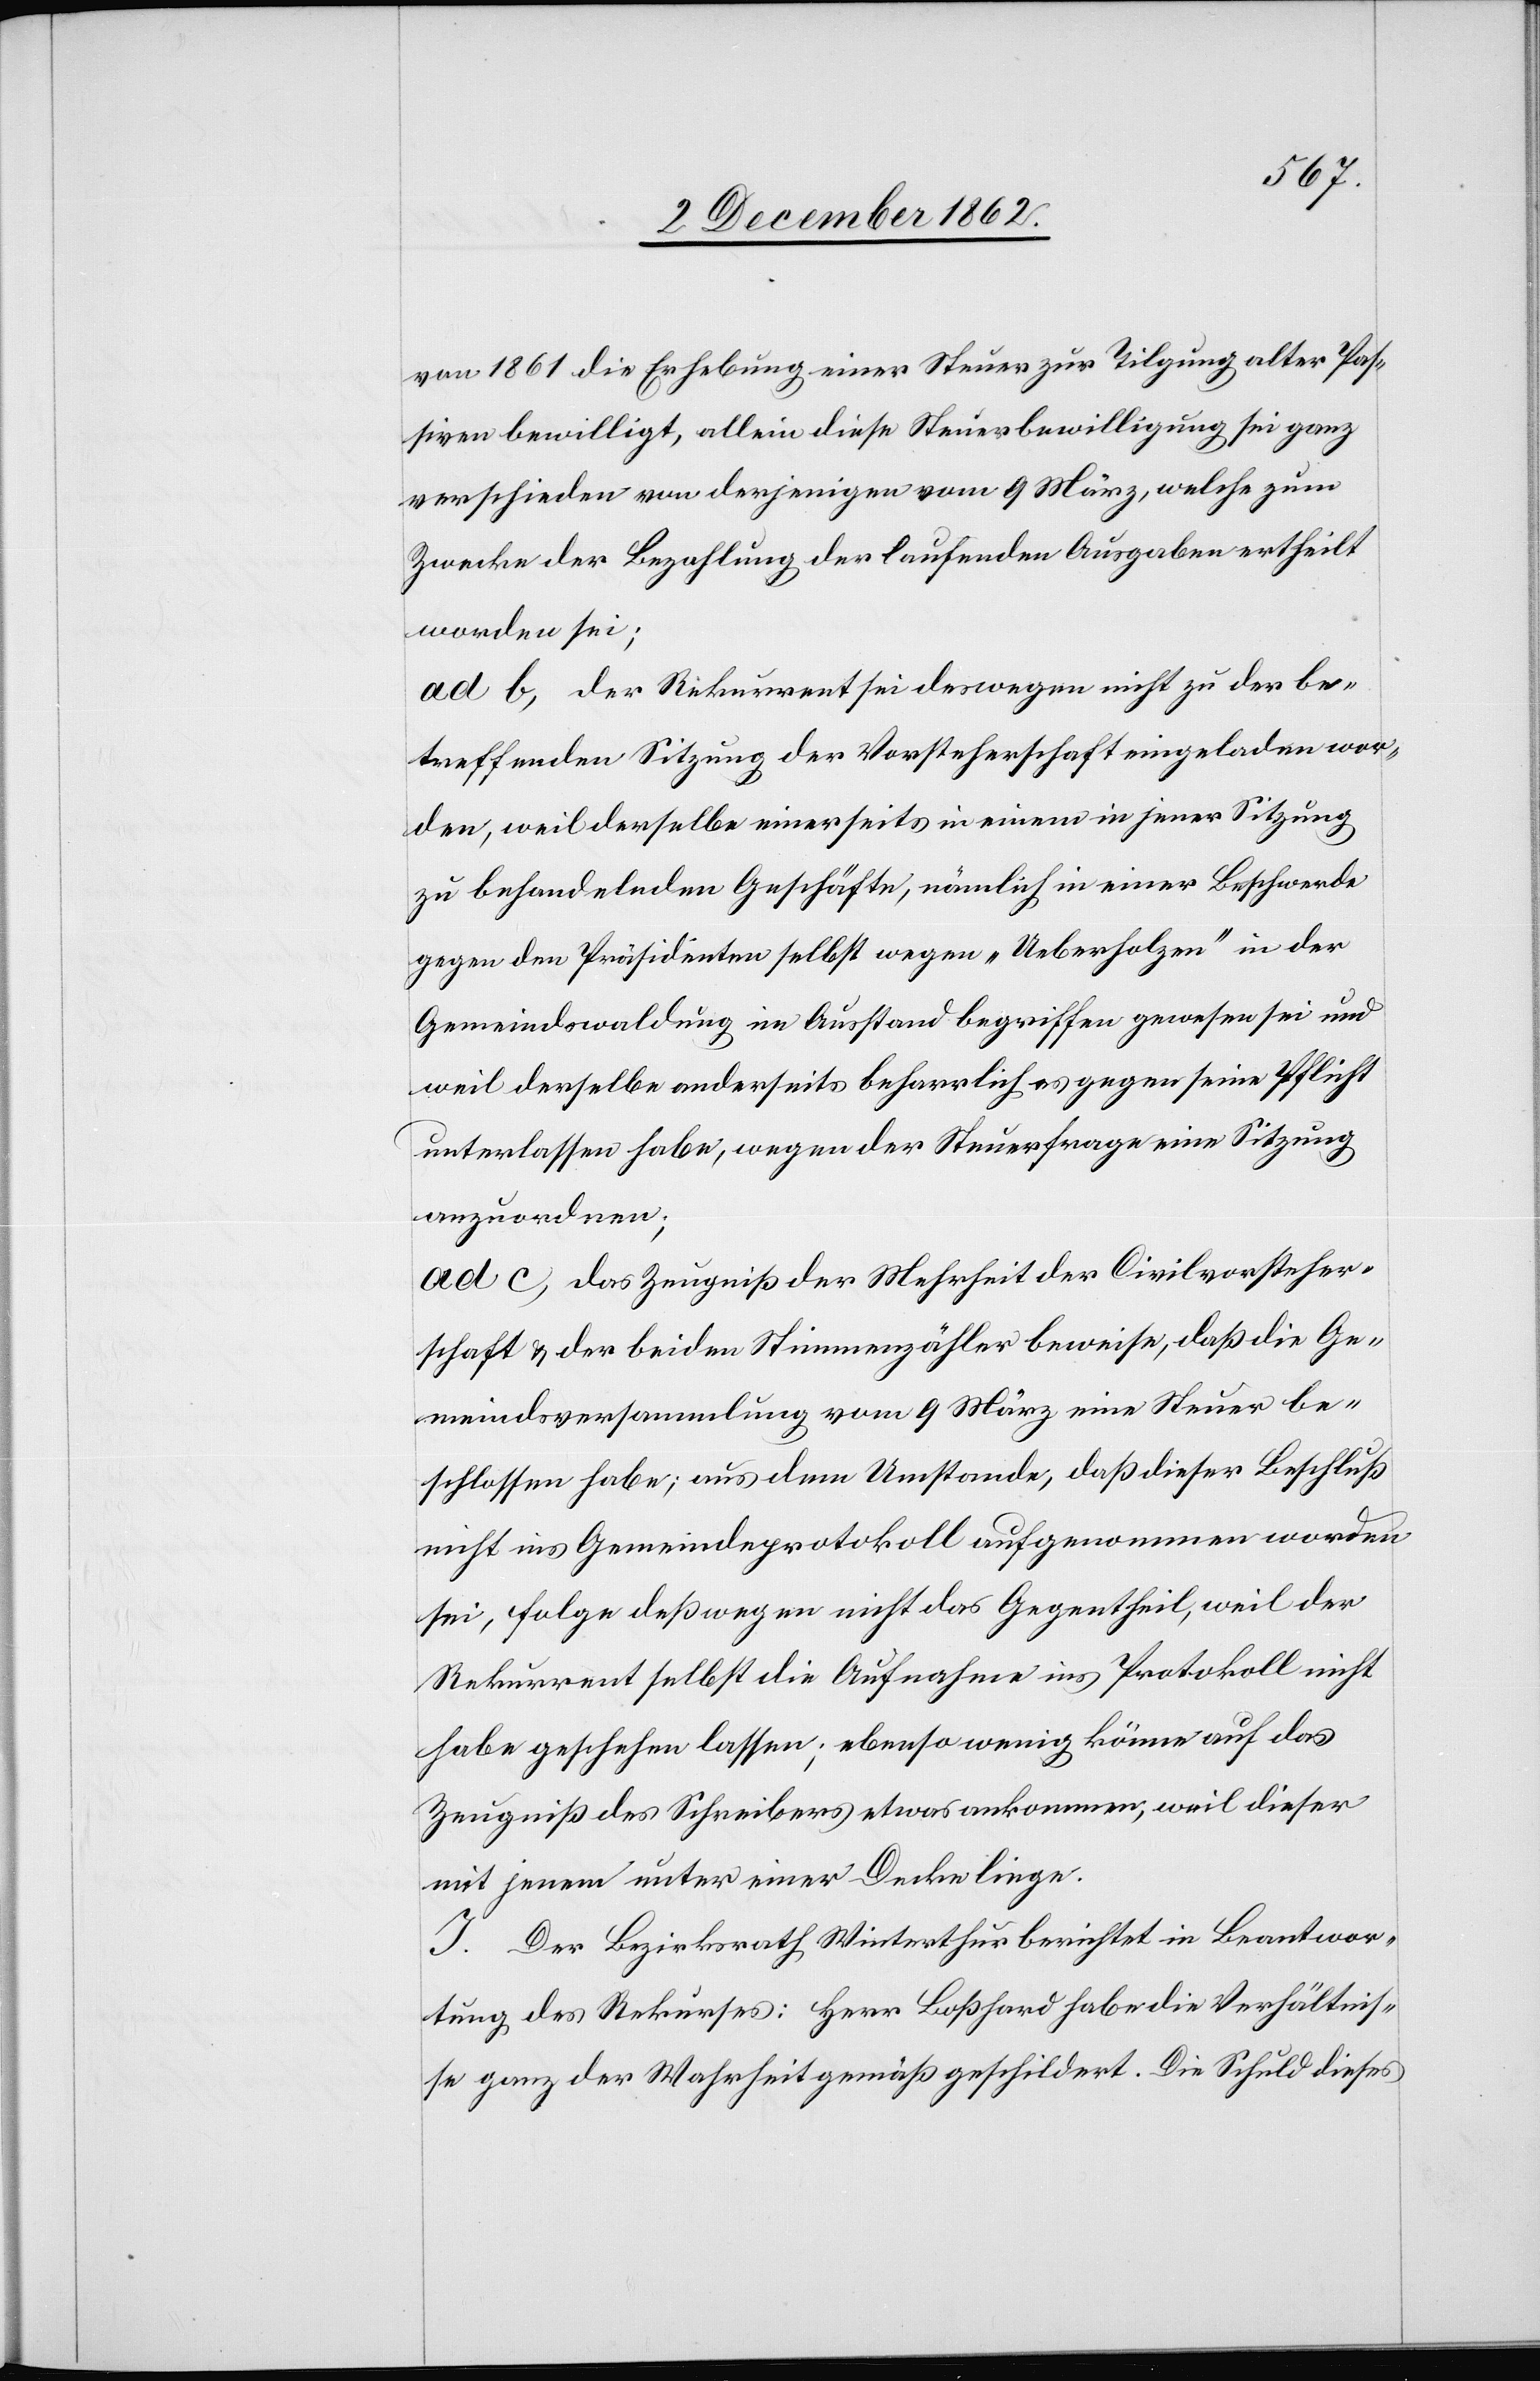
von 1861 die Erhebung einer Steuer zur Tilgung alter Pas¬
siven bewilligt, allein diese Steuerbewilligung sei ganz
verschieden von derjenigen vom 9. März, welche zum
Zwecke der Bezahlung der laufenden Ausgaben ertheilt
worden sei;
ad b. Der Rekurrent sei deswegen nicht zu der be¬
treffenden Sitzung der Vorsteherschaft eingeladen wor¬
den, weil derselbe einerseits in einem in jener Sitzung
zu behandelnden Geschäfte, nämlich in einer Beschwerde
gegen den Präsidenten selbst wegen „Ueberholzen“ in der
Gemeindswaldung in Ausstand begriffen gewesen sei und
weil derselbe anderseits beharrlich es gegen seine Pflicht
unterlassen habe, wegen der Steuerfrage eine Sitzung
anzuordnen;
ad c. Das Zeugniß der Mehrheit der Civilvorsteher¬
schaft u. der beiden Stimmenzähler beweise, daß die Ge¬
meindsversammlung vom 9. März eine Steuer be¬
schlossen habe; aus dem Umstande, daß dieser Beschluß
nicht ins Gemeindeprotokoll aufgenommen worden
sei, folge deßwegen nicht das Gegentheil, weil der
Rekurrent selbst die Aufnahme ins Protokoll nicht
habe geschehen lassen; ebenso wenig könne auf das
Zeugniß des Schreibers etwas ankommen, weil dieser
mit jenem unter einer Decke liege.
J. Der Bezirksrath Winterthur berichtet in Beantwor¬
tung des Rekurses: Herr Boßhard habe die Verhältnis¬
se ganz der Wahrheit gemäß geschildert. Die Schuld dieses